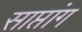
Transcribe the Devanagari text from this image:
साप्तांग